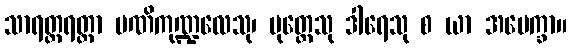
သာရတ္တရတ္တာ မဏိကုဏ္ဍလေသု၊ ပုတ္တေသု ဒါရေသု စ ယာ အပေက္ခာ။